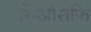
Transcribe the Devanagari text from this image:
थिओसफि